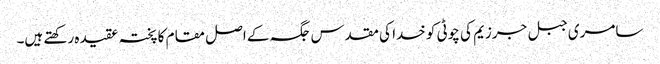
سامری جبل جرزیم کی چوٹی کو خدا کی مقدس جگہ کے اصل مقام کا پختہ عقیدہ رکھتے ہیں۔